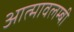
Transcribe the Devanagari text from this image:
आत्मावलम्बी